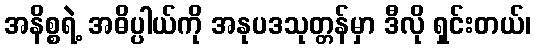
အနိစ္စရဲ့ အဓိပ္ပါယ်ကို အနုပဒသုတ္တန်မှာ ဒီလို ရှင်းတယ်၊